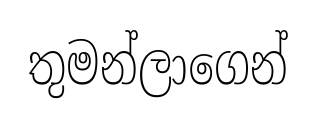
තුමන්ලාගෙන්